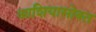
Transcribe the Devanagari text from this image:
आशियासोबत